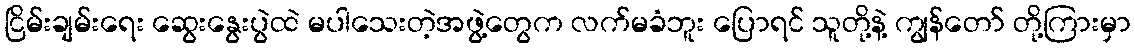
ငြိမ်းချမ်းရေး ဆွေးနွေးပွဲထဲ မပါသေးတဲ့အဖွဲ့တွေက လက်မခံဘူး ပြောရင် သူတို့နဲ့ ကျွန်တော် တို့ကြားမှာ